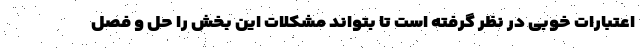
اعتبارات خوبی در نظر گرفته است تا بتواند مشکلات این بخش را حل و فصل